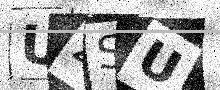
Text: UZSU